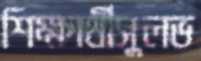
শিক্ষার্থীসুলভ